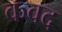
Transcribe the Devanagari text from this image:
कवद